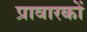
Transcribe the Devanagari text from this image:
प्रावारकों